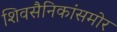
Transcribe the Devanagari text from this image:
शिवसैनिकांसमोर